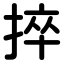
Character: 捽